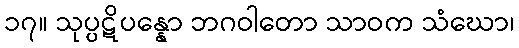
၁၇။ သုပ္ပဋိပန္နော ဘဂဝါတော သာဝက သံဃော၊